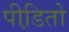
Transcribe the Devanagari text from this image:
पीडि़तो